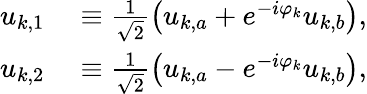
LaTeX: \begin{array}{rl}{u_{k,1}}&{{}\equiv\frac{1}{\sqrt{2}}\left(u_{k,a}+e^{-i\varphi_{k}}u_{k,b}\right),}\\ {u_{k,2}}&{{}\equiv\frac{1}{\sqrt{2}}\left(u_{k,a}-e^{-i\varphi_{k}}u_{k,b}\right),}\end{array}